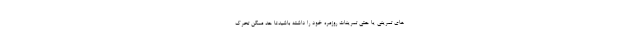
های تمرینی یا حتی تمرینات روزمره خود را داشته باشید.تا حد ممکن تحرک